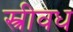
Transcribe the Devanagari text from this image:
स्त्रीवध